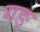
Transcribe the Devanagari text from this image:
गङ